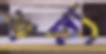
শল্য